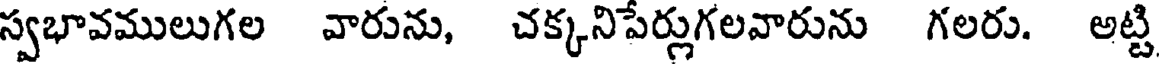
స్వభావములుగల వారును, చక్కనిపేర్లుగలవారును గలరు. అట్టి